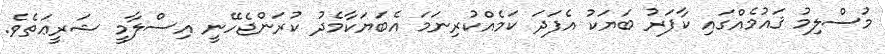
މުސްލިމު ޤައުމެއްގައި ކާފަރު ބަޔަކު އެފަދަ ކަމެއްކުރިނަމަ އެބަޔަކާމެދު ކުރަންޖެހޭނީ އިސްލާމީ ޝަރީޢަތެވެ.